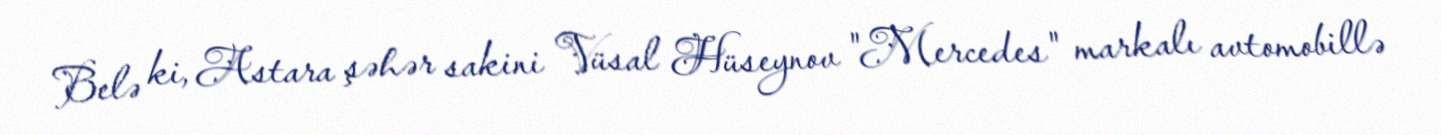
Belə ki, Astara şəhər sakini Vüsal Hüseynov "Mercedes" markalı avtomobillə